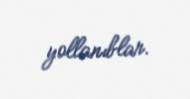
yollanıblar.